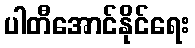
ပါတီအောင်နိုင်ရေး